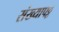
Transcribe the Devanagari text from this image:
संख्यापट्ट